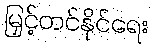
မြှင့်တင်နိုင်ရေး